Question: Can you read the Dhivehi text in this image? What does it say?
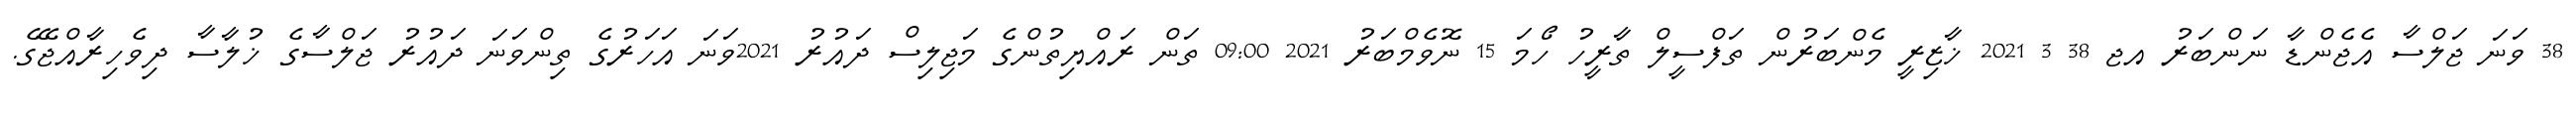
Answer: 38 ވަނަ ޖަލްސާ އެޖެންޑާ ނަންބަރު އޖ 38 3 2021 ޚާޒިރީ މެންބަރުން ތަފްސީލް ތާރީހު ހޯމަ 15 ނޮވެމްބަރު 2021 09:00 ތަން ރައްޔިތުންގެ މަޖިލިސް ދައުރު 2021ވަނަ އަހަރުގެ ތިންވަނަ ދައުރު ޖަލްސާގެ ޚުލާސާ ދިވެހިރާއްޖޭގެ.